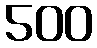
500